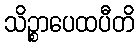
သိဉ္စာပေထပီတိ